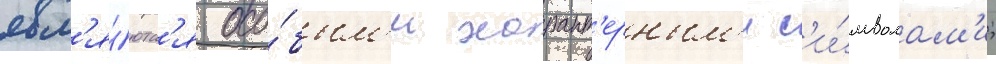
явл'я́ютс'я осо́бым'и характ'ерным'и с'и́мволам'и;